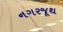
નગરજૂથ